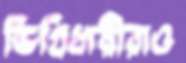
ডিগ্রিধারীরাও